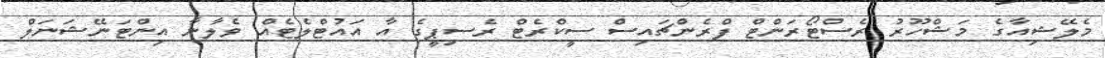
މެލޭޝިއާގެ މަޝްހޫރު ރެސްޓޯރަންޓް ފްރެންޗައިސް ސީކްރެޓް ރެސިޕީގެ އާ އައުޓްލެޓެއް ވެލާނާ އިންޓަނޭޝަނަލް